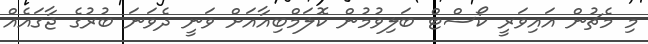
މި މެޗުން އައިވަރީ ކޯސްޓް ބަލިވުމުން ކޮލަމްބިއާއަށް ވަނީ ދެވަނަ ބުރުގެ ޖާގައެއް